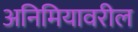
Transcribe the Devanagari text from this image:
अनिमियावरील